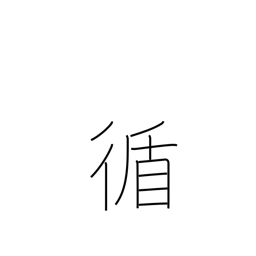
Meaning: sequential